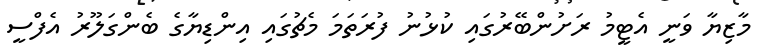
މާޒިޔާ ވަނީ އެޓީމު ރަށުންބޭރުގައި ކުޅުނު ފުރަތަމަ މެޗުގައި އިންޑިޔާގެ ބެންގަލޫރު އެފްސީ